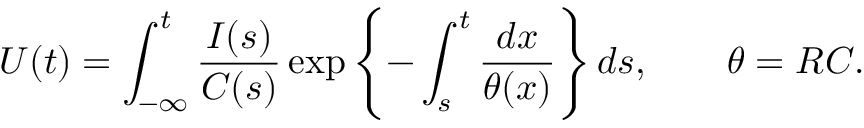
U ( t ) = \int _ { - \infty } ^ { t } \frac { I ( s ) } { C ( s ) } \exp \left\{ - \int _ { s } ^ { t } \frac { d x } { \theta ( x ) } \right\} d s , \qquad \theta = R C .